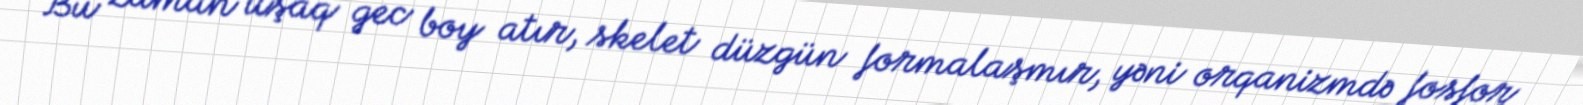
Bu zaman uşaq gec boy atır, skelet düzgün formalaşmır, yəni orqanizmdə fosfor